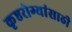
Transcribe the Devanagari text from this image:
कृष्ठरोग्यांसाठी